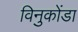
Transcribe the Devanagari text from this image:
विनुकोंडा